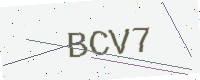
Text: BCV7